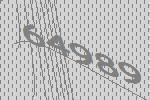
64989